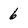
Character: 6